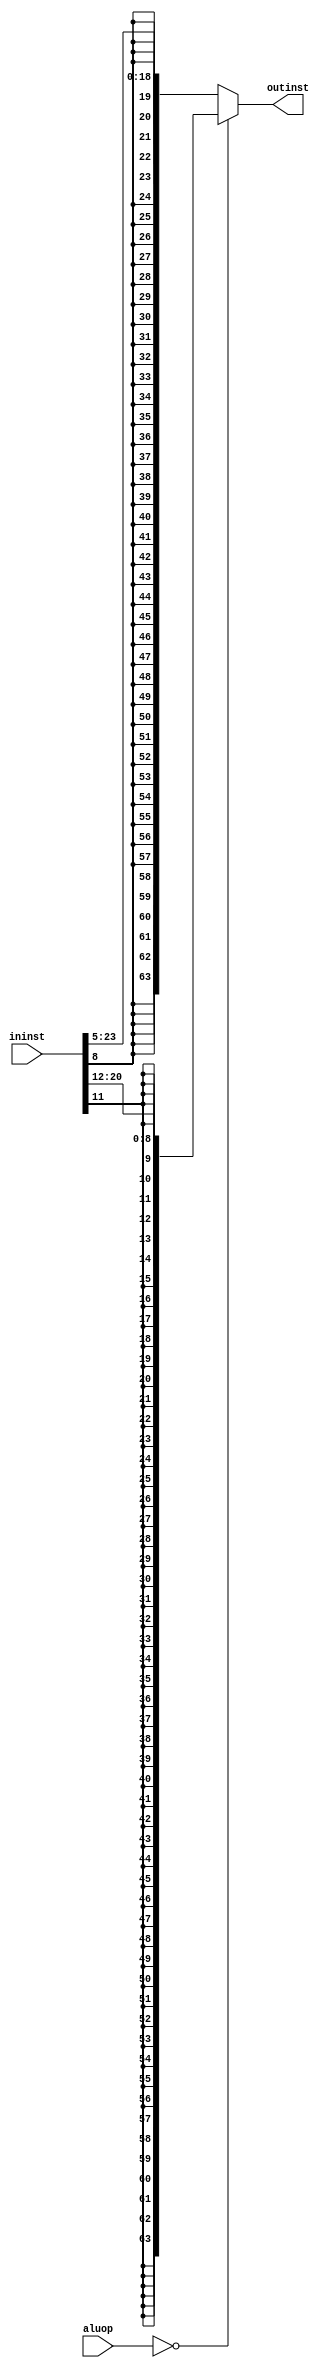
module signextend(ininst,aluop,outinst);
input [31:0]ininst;
input [0:1] aluop;
output reg [63:0]outinst;

always @(aluop,ininst)
begin

if(aluop==2'b00)
  outinst={{55{ininst[11]}},ininst[20:12]};
else
   outinst={{45{ininst[8]}},ininst[23:5]};                                               






end
endmodule